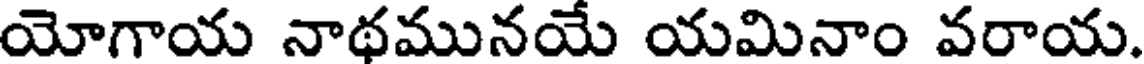
యోగాయ నాథమునయే యమినాం వరాయ.